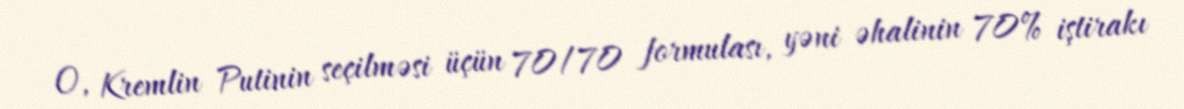
O, Kremlin Putinin seçilməsi üçün 70/70 formulası, yəni əhalinin 70% iştirakı